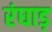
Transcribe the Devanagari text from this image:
रंघाड़